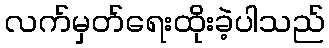
လက်မှတ်ရေးထိုးခဲ့ပါသည်